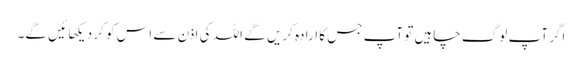
اگر آپ لوگ چاہیں تو آپ جس کا ارادہ کریں گے اللہ کی اذن سے اس کو کر دیکهائیں گے۔